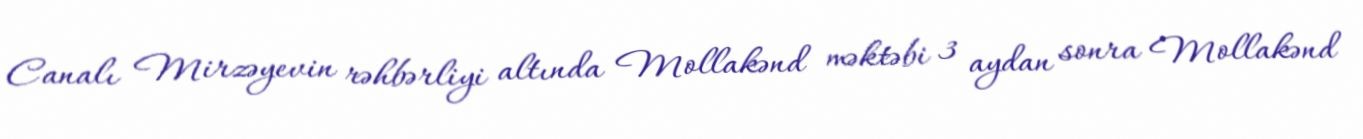
Canalı Mirzəyevin rəhbərliyi altında Mollakənd məktəbi 3 aydan sonra Mollakənd